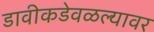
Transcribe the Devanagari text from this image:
डावीकडेवळल्यावर